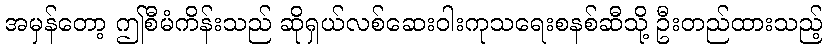
အမှန်တော့ ဤစီမံကိန်းသည် ဆိုရှယ်လစ်ဆေးဝါးကုသရေးစနစ်ဆီသို့ ဦးတည်ထားသည့်